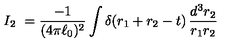
I _ { 2 } \ = \frac { - 1 } { ( 4 \pi { \ell _ { 0 } } ) ^ { 2 } } \int \delta \! \left( r _ { 1 } + r _ { 2 } - t \right) \frac { d ^ { 3 } r _ { 2 } } { r _ { 1 } r _ { 2 } }